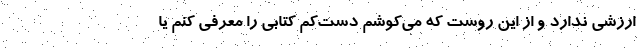
ارزشی ندارد و از این روست که می‌کوشم دست‌کم کتابی را معرفی کنم یا